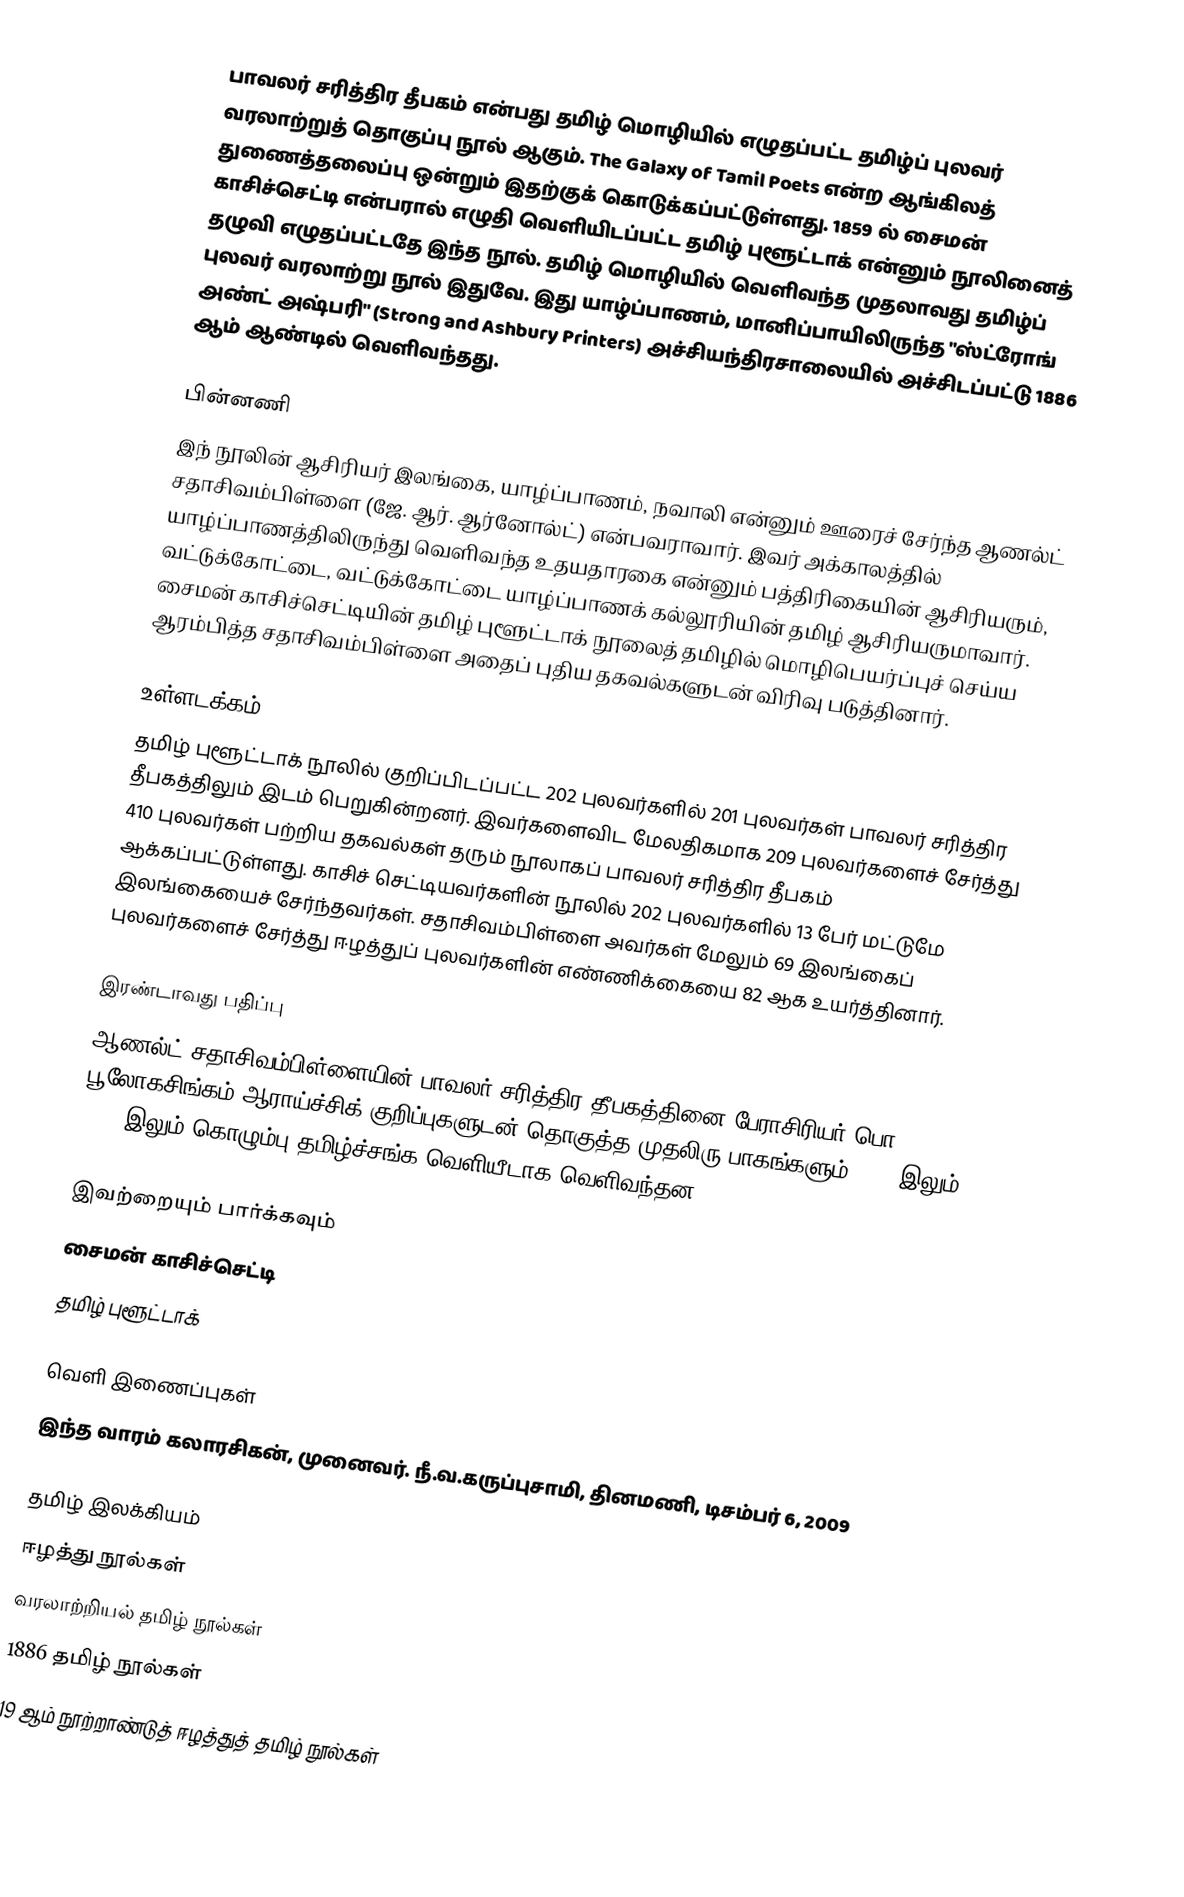
பாவலர் சரித்திர தீபகம் என்பது தமிழ் மொழியில் எழுதப்பட்ட தமிழ்ப் புலவர் வரலாற்றுத் தொகுப்பு நூல் ஆகும். The Galaxy of Tamil Poets என்ற ஆங்கிலத் துணைத்தலைப்பு ஒன்றும் இதற்குக் கொடுக்கப்பட்டுள்ளது. 1859 ல் சைமன் காசிச்செட்டி என்பரால் எழுதி வெளியிடப்பட்ட தமிழ் புளூட்டாக் என்னும் நூலினைத் தழுவி எழுதப்பட்டதே இந்த நூல். தமிழ் மொழியில் வெளிவந்த முதலாவது தமிழ்ப் புலவர் வரலாற்று நூல் இதுவே. இது யாழ்ப்பாணம், மானிப்பாயிலிருந்த "ஸ்ட்ரோங் அண்ட் அஷ்பரி" (Strong and Ashbury Printers)  அச்சியந்திரசாலையில் அச்சிடப்பட்டு 1886 ஆம் ஆண்டில் வெளிவந்தது.

பின்னணி
இந் நூலின் ஆசிரியர் இலங்கை, யாழ்ப்பாணம், நவாலி என்னும் ஊரைச் சேர்ந்த ஆணல்ட் சதாசிவம்பிள்ளை (ஜே. ஆர். ஆர்னோல்ட்) என்பவராவார். இவர் அக்காலத்தில் யாழ்ப்பாணத்திலிருந்து வெளிவந்த உதயதாரகை என்னும் பத்திரிகையின் ஆசிரியரும், வட்டுக்கோட்டை, வட்டுக்கோட்டை யாழ்ப்பாணக் கல்லூரியின் தமிழ் ஆசிரியருமாவார். சைமன் காசிச்செட்டியின் தமிழ் புளூட்டாக் நூலைத் தமிழில் மொழிபெயர்ப்புச் செய்ய ஆரம்பித்த சதாசிவம்பிள்ளை அதைப் புதிய தகவல்களுடன் விரிவு படுத்தினார்.

உள்ளடக்கம்
தமிழ் புளூட்டாக் நூலில் குறிப்பிடப்பட்ட 202 புலவர்களில் 201 புலவர்கள் பாவலர் சரித்திர தீபகத்திலும் இடம் பெறுகின்றனர். இவர்களைவிட மேலதிகமாக 209 புலவர்களைச் சேர்த்து 410 புலவர்கள் பற்றிய தகவல்கள் தரும் நூலாகப் பாவலர் சரித்திர தீபகம் ஆக்கப்பட்டுள்ளது. காசிச் செட்டியவர்களின் நூலில் 202 புலவர்களில் 13 பேர் மட்டுமே இலங்கையைச் சேர்ந்தவர்கள். சதாசிவம்பிள்ளை அவர்கள் மேலும் 69 இலங்கைப் புலவர்களைச் சேர்த்து ஈழத்துப் புலவர்களின் எண்ணிக்கையை 82 ஆக உயர்த்தினார்.

இரண்டாவது பதிப்பு
ஆணல்ட் சதாசிவம்பிள்ளையின் பாவலர் சரித்திர தீபகத்தினை பேராசிரியர் பொ. பூலோகசிங்கம் ஆராய்ச்சிக் குறிப்புகளுடன் தொகுத்த முதலிரு பாகங்களும் 1975 இலும் 1979 இலும் கொழும்பு தமிழ்ச்சங்க வெளியீடாக வெளிவந்தன.

இவற்றையும் பார்க்கவும்
 சைமன் காசிச்செட்டி
 தமிழ் புளூட்டாக்

வெளி இணைப்புகள்
இந்த வாரம் கலாரசிகன், முனைவர். நீ.வ.கருப்புசாமி, தினமணி, டிசம்பர் 6, 2009

தமிழ் இலக்கியம்
ஈழத்து நூல்கள்
வரலாற்றியல் தமிழ் நூல்கள்
1886 தமிழ் நூல்கள்
19 ஆம் நூற்றாண்டுத் ஈழத்துத் தமிழ் நூல்கள்